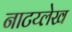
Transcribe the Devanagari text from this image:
नाटय्लेख